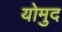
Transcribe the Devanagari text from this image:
योमुद